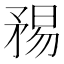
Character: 𥍴